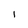
Character: i